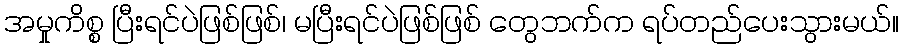
အမှုကိစ္စ ပြီးရင်ပဲဖြစ်ဖြစ်၊ မပြီးရင်ပဲဖြစ်ဖြစ် တွေဘက်က ရပ်တည်ပေးသွားမယ်။